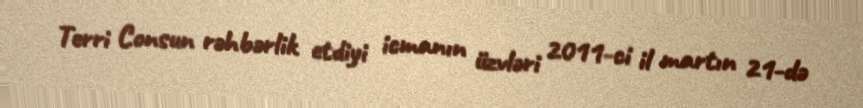
Terri Consun rəhbərlik etdiyi icmanın üzvləri 2011-ci il martın 21-də